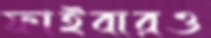
ফাইবারও